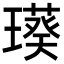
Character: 𤩸